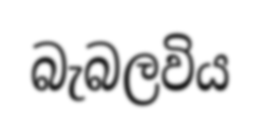
බැබලවිය